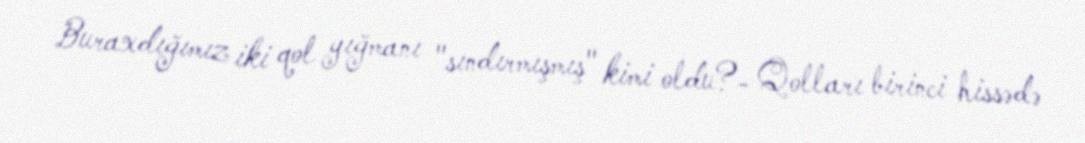
Buraxdığımız iki qol yığmanı "sındırmışmış" kimi oldu?- Qolları birinci hissədə